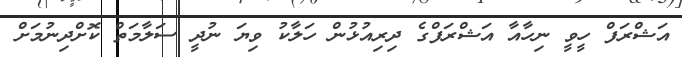
އަޝްރަފް ހީވީ ނިހާއާ އަޝްރަފްގެ ދިރިއުޅުން ހަލާކު ވިޔަ ނުދީ ސަލާމަތް ކޮށްދިނުމަށް